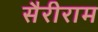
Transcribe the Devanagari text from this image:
सैरीराम